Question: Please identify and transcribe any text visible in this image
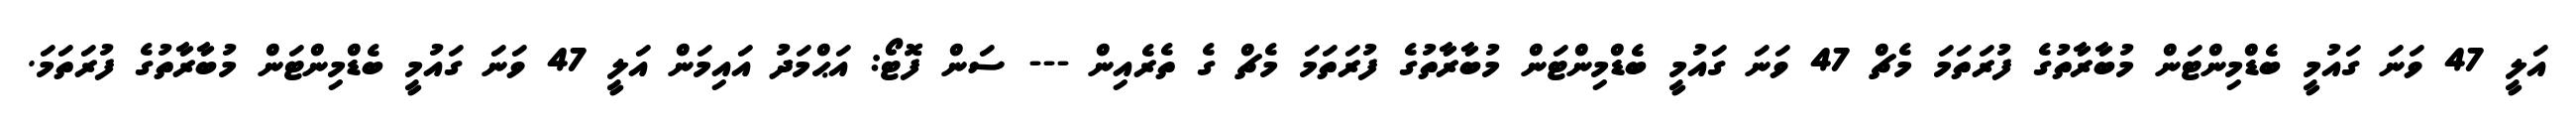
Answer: އަލީ 47 ވަނަ ގައުމީ ބެޑްމިންޓަން މުބާރާތުގެ ފުރަތަމަ މެޗް 47 ވަނަ ގައުމީ ބެޑްމިންޓަން މުބާރާތުގެ ފުރަތަމަ މެޗް ގެ ތެރެއިން --- ސަން ފޮޓޯ: އަޙްމަދު އައިމަން އަލީ 47 ވަނަ ގައުމީ ބެޑްމިންޓަން މުބާރާތުގެ ފުރަތަމަ.